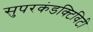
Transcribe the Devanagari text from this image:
सुपरकंडक्टिविटी